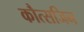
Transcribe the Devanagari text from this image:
कौत्सजिन